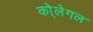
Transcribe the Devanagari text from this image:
को्लेगल